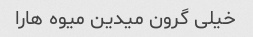
خیلی گرون میدین میوه هارا